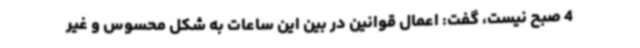
4 صبح نیست، گفت: اعمال قوانین در بین این ساعات به شکل محسوس و غیر